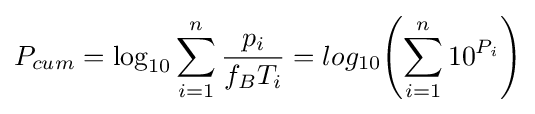
P_{cum}=\log _{10}\sum _{i=1}^{n}{\frac {p_{i}}{f_{B}T_{i}}}=log_{10}{\left(\sum _{i=1}^{n}10^{P_{i}}\right)}